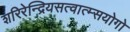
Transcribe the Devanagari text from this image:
शरिरेन्द्रियसत्वात्म्सयोगो